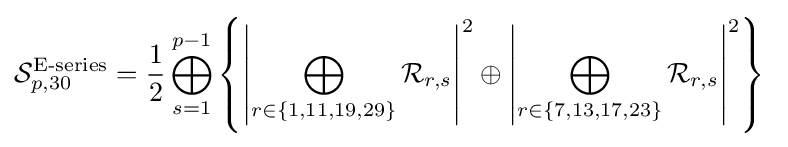
{\mathcal {S}}_{p,30}^{\text{E-series}}={\frac {1}{2}}\bigoplus _{s=1}^{p-1}\left\{\left|\bigoplus _{r\in \{1,11,19,29\}}{\mathcal {R}}_{r,s}\right|^{2}\oplus \left|\bigoplus _{r\in \{7,13,17,23\}}{\mathcal {R}}_{r,s}\right|^{2}\right\}\